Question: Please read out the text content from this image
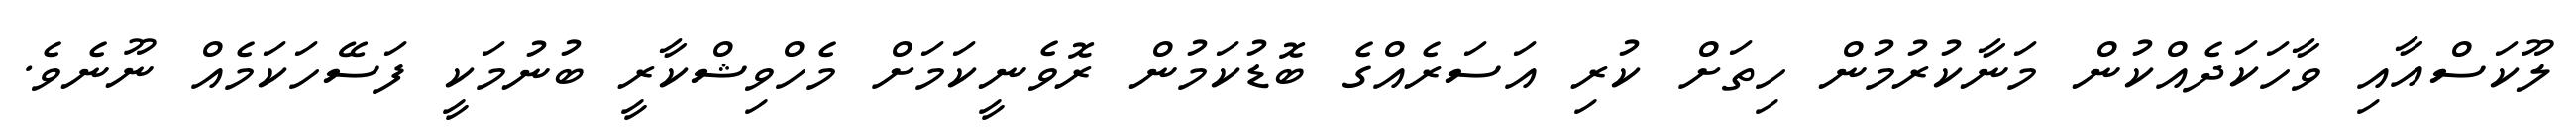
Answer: ލޫކަސްއާއި ވާހަކަދެއްކުން މަނާކުރުމުން ހިތަށް ކުރި އަސަރެއްގެ ބޮޑުކަމުން ރޮވެނީކަމަށް މެހްވިޝްކާރީ ބުނުމަކީ ފަސޭހަކަމެއް ނޫނެވެ.